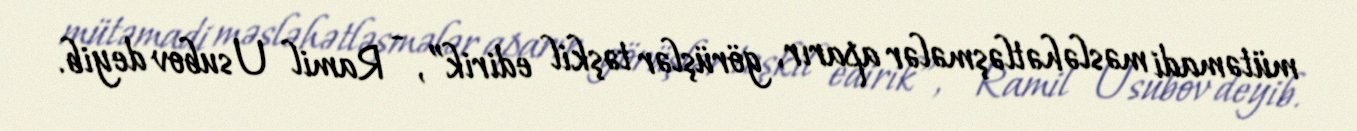
mütəmadi məsləhətləşmələr aparır, görüşlər təşkil edirik”, - Ramil Usubov deyib.